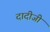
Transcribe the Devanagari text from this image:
दादीजी